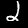
Label: 2